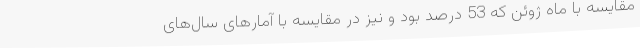
مقایسه با ماه ژوئن که 53 درصد بود و نیز در مقایسه با آمارهای سال‌های